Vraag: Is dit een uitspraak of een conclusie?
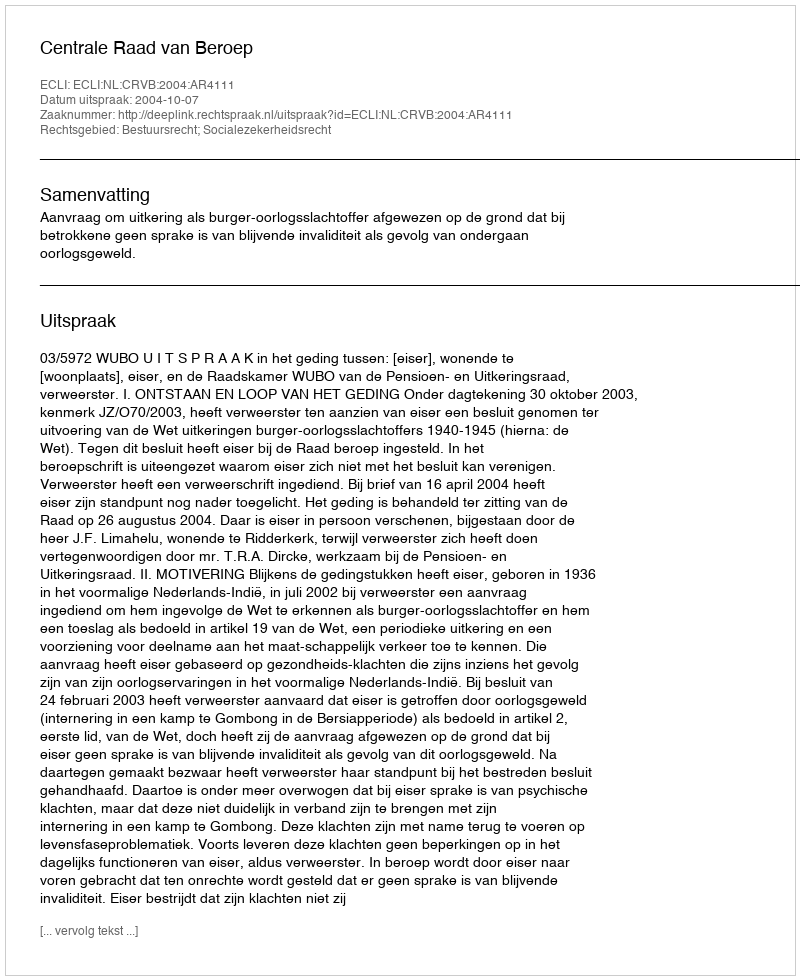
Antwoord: Uitspraak